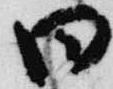
日